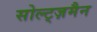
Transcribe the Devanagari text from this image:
सोल्ट्ज़मैन